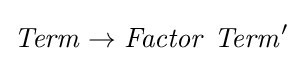
{\mathit {Term}}\rightarrow {\mathit {Factor}}\ {\mathit {Term}}'